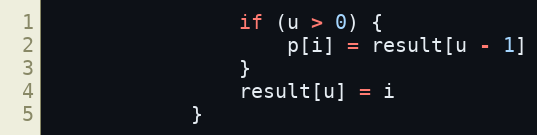
Language: JavaScript
				if (u > 0) {
					p[i] = result[u - 1]
				}
				result[u] = i
			}